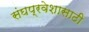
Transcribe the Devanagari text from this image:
संघप्रवेशासाठी